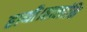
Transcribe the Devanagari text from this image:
हाथी।हालांकि